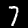
Digit: 7